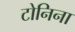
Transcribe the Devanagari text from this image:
टोनिना